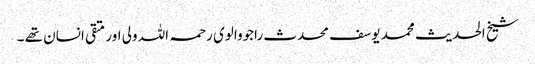
شیخ الحدیث محمد یوسف محدث راجووالوی رحمہ اللہ ولی اور متقی انسان تھے ۔